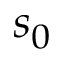
s _ { 0 }